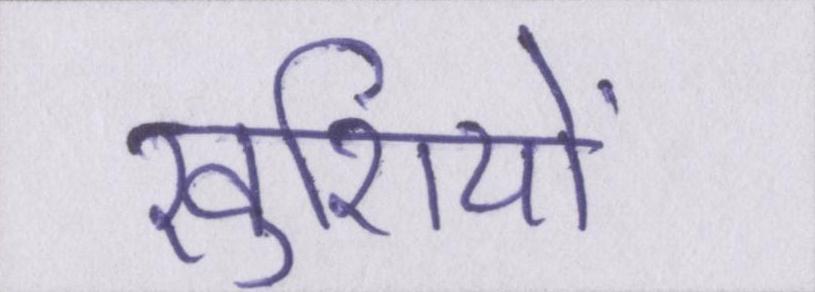
खुशियों